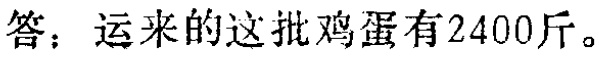
答：运来的这批鸡蛋有2400斤。